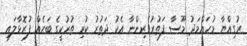
ރުގިއްޔާ މުހައްމަދު މޫސާ ފަތުރުވެރިންނާ އެކު ދަތުރު ކުރި ތުރުކީގެ ބަހެއް ފުރޮޅާލައި